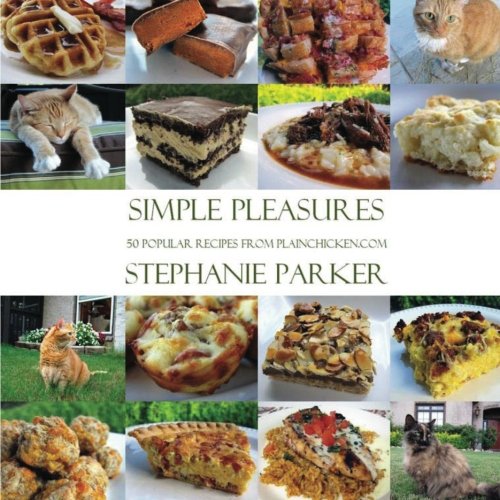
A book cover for Simple Pleasures 50 Popular Recipes From PlainChicken.com: Stephanie Parker; Stephanie L Parker; Cookbooks, Food & Wine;